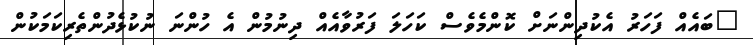
"ބައެއް ފަހަރު އެކުދިންނަށް ކޮންމެވެސް ކަހަލަ ފަރުވާއެއް ދިނުމުން އެ ހުންނަ ނުކުޅެދުންތެރިކަމަކުން